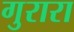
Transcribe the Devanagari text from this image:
गुरारा